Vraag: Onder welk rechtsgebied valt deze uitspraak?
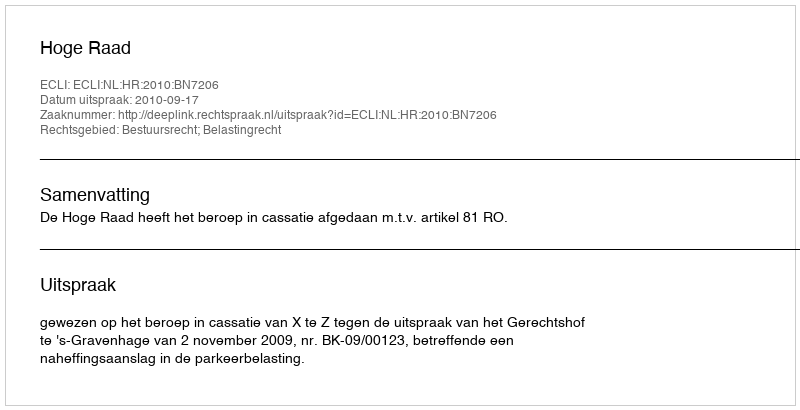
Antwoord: Bestuursrecht; Belastingrecht